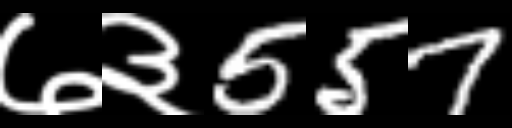
Text: ७३557